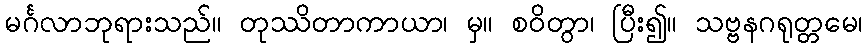
မင်္ဂလာဘုရားသည်။ တုဿိတာကာယာ၊ မှ။ စဝိတွာ၊ ပြီး၍။ သဗ္ဗနဂရုတ္တမေ၊